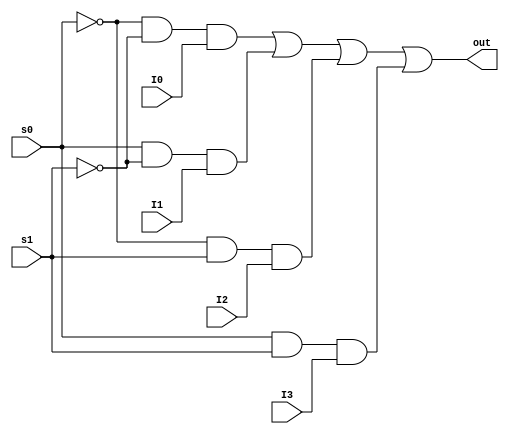
`timescale 1ns / 1ps

// Author Name: Deepak Lal       041-18-0030
module Four_to_one_Mux( out, s0,s1, I0, I1, I2, I3); // size of ports
input s0,s1, I0, I1, I2, I3;  
output out;
wire wr0, wr1, wr2, wr3;
// inverting inputs s0 and s1
not not1(invS0, s0);
not not2(invS1, s1);
// gates 
or or1(out, wr0, wr1, wr2, wr3);
and and0(wr3, s0, s1, I3);
and and1(wr2, invS0, s1, I2);
and and2(wr1, s0, invS1, I1);
and and3(wr0, invS0, invS1, I0);
endmodule